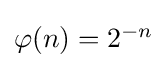
{\textstyle \varphi (n)=2^{-n}}